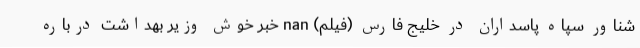
شناور سپاه پاسداران در خلیج فارس (فیلم) nan خبر خوش وزیر بهداشت درباره